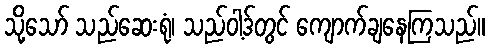
သို့သော် သည်ဆေးရုံ၊ သည်ဝါ့ဒ်တွင် ကျောက်ချနေကြသည်။